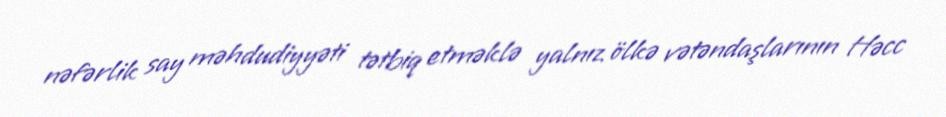
nəfərlik say məhdudiyyəti tətbiq etməklə yalnız ölkə vətəndaşlarının Həcc